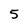
Character: 5